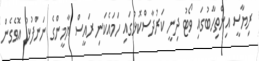
ރިޔާސީ އިންތިހާބުގައި ވޯޓު ދިނީ ކަރުދާސްކޮޅުގައި ހަމައެކަނި ރައީސް ޔާމީންގެ ނަންފުޅު އޮވެގެން